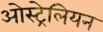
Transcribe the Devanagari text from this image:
ओस्ट्रेलियन